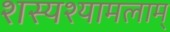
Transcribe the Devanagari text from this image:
शस्यश्यामलाम्